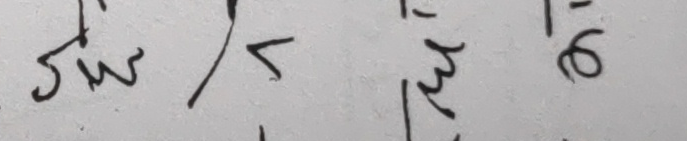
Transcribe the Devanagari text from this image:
जुमु५मु६